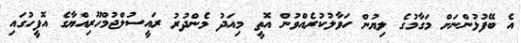
އެ ބޭފުޅުންނަށް މަގާމުގެ ލިޔުން ހަވާލުކުރެއްވުން އޮތީ މިއަދު މެންދުރު ރައީސުލްޖުމްހޫރިއްޔާގެ އޮފީހުގައި